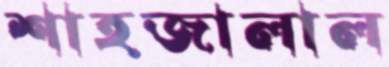
শাহজালাল